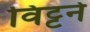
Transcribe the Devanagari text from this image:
विट्टने